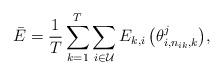
LaTeX: \begin{align*}\setlength{\abovedisplayskip}{5 pt}\setlength{\belowdisplayskip}{5 pt}{\bar E} =\frac{1}{{{T }}}\sum\limits_{k = 1}^{{T }} \sum\limits_{i \in \mathcal{U}} { {E_{k,i}\left(\theta _{{i,n_{ik},k}}^j\right)} },\end{align*}